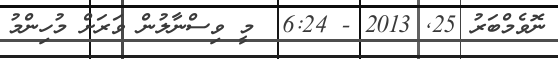
ނޮވެމްބަރު 25